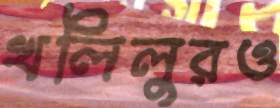
খলিলুরও